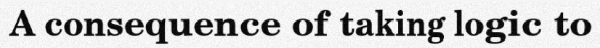
A consequence of taking logic to